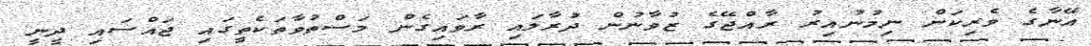
އޭނާގެ ވެރިކަން ނިމުނުއިރު ރާއްޖޭގެ ޒުވާނުން ދުރާލައި ރާވައިގެން މަސްތުވާތަކެތީގައި ޖައްސައި ދީނީ